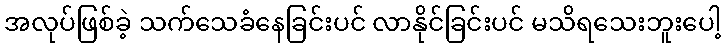
အလုပ်ဖြစ်ခဲ့ သက်သေခံနေခြင်းပင် လာနိုင်ခြင်းပင် မသိရသေးဘူးပေါ့